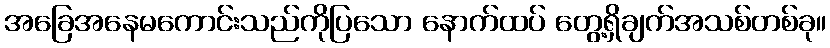
အခြေအနေမကောင်းသည်ကိုပြသော နောက်ထပ် တွေ့ရှိချက်အသစ်တစ်ခု။